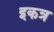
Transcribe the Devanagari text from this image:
इकत्र